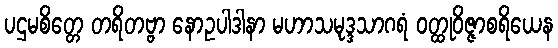
ပဌမစိတ္တေ တရိတဗ္ဗာ နောဥပါဒါနာ မဟာသမုဒ္ဒသာဂရံ ဝတ္ထုဝိဇ္ဇာစရိယေန